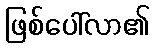
ဖြစ်ပေါ်လာ၏